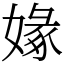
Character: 𡟼